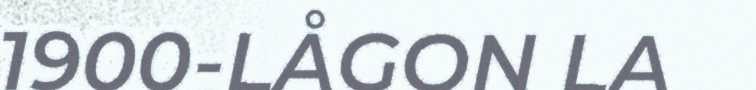
1900-LÅGON LA